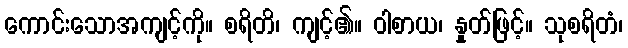
ကောင်းသောအကျင့်ကို။ စရိတိ၊ ကျင့်၏။ ဝါစာယ၊ နှုတ်ဖြင့်။ သုစရိတံ၊